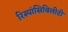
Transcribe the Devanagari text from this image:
रिस्पांसिबिलीटी